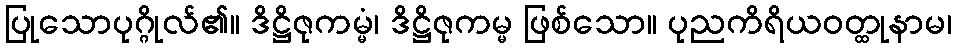
ပြုသောပုဂ္ဂိုလ်၏။ ဒိဋ္ဌိဇုကမ္မံ၊ ဒိဋ္ဌိဇုကမ္မ ဖြစ်သော။ ပုညကိရိယဝတ္ထုနာမ၊